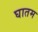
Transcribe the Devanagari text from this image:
घातम